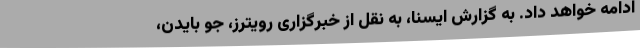
ادامه خواهد داد. به گزارش ایسنا، به نقل از خبرگزاری رویترز، جو بایدن،